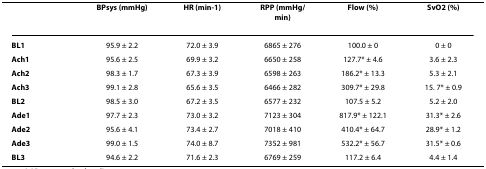
|  | BPsys (mmHg) | HR (min-1) | RPP (mmHg/min) | Flow (%) | SvO2 (%) |
 | --- | --- | --- | --- | --- | --- |
 | BL1 | 95.9 ± 2.2 | 72.0 ± 3.9 | 6865 ± 276 | 100.0 ± 0 | 0 ± 0 |
 | Ach1 | 95.6 ± 2.5 | 69.9 ± 3.2 | 6650 ± 258 | 127.7* ± 4.6 | 3.6 ± 2.3 |
 | Ach2 | 98.3 ± 1.7 | 67.3 ± 3.9 | 6598 ± 263 | 186.2* ± 13.3 | 5.3 ± 2.1 |
 | Ach3 | 99.1 ± 2.8 | 65.6 ± 3.5 | 6466 ± 282 | 309.7* ± 29.8 | 15. 7* ± 0.9 |
 | BL2 | 98.5 ± 3.0 | 67.2 ± 3.5 | 6577 ± 232 | 107.5 ± 5.2 | 5.2 ± 2.0 |
 | Ade1 | 97.7 ± 2.3 | 73.0 ± 3.2 | 7123 ± 304 | 817.9* ± 122.1 | 31.3* ± 2.6 |
 | Ade2 | 95.6 ± 4.1 | 73.4 ± 2.7 | 7018 ± 410 | 410.4* ± 64.7 | 28.9* ± 1.2 |
 | Ade3 | 99.0 ± 1.5 | 74.0 ± 8.7 | 7352 ± 981 | 532.2* ± 56.7 | 31.5* ± 0.6 |
 | BL3 | 94.6 ± 2.2 | 71.6 ± 2.3 | 6769 ± 259 | 117.2 ± 6.4 | 4.4 ± 1.4 |